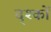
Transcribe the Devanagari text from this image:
द्श्कों